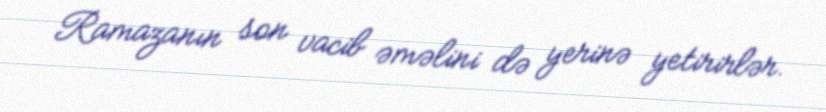
Ramazanın son vacib əməlini də yerinə yetirirlər.